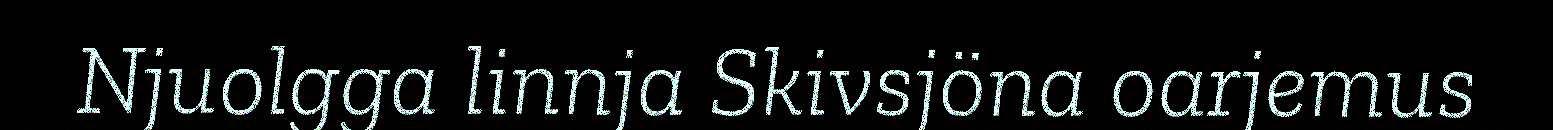
Njuolgga linnja Skivsjöna oarjemus